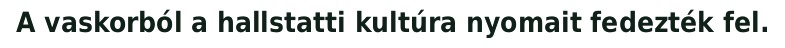
A vaskorból a hallstatti kultúra nyomait fedezték fel.